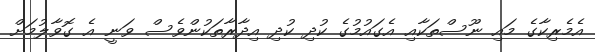
އެމެރިކާގެ މައި ނޫސްތަކާއި އެގައުމުގެ ކުދި ކުދި އިދާރާތަކުންވެސް ވަނީ އެ ގޮވާލުމަށް